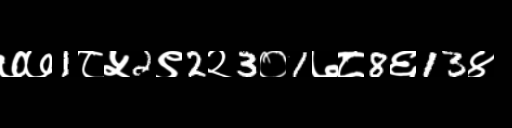
Text: ७७1८५2९2२3०1७८8६13४